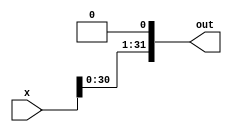
module bit1_left_shifter(x, out);
    input [31:0] x;
    
    output [31:0] out;

    assign out[31:1] = x[30:0];
    assign out[0] = 1'b0;
endmodule